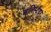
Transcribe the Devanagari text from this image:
अलिस्टेयर